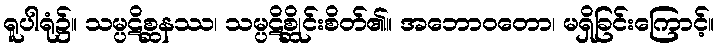
ရူပါရုံ၌။ သမ္ပဋိစ္ဆနဿ၊ သမ္ပဋိစ္ဆိုင်းစိတ်၏။ အဘောဝတော၊ မရှိခြင်းကြောင့်။